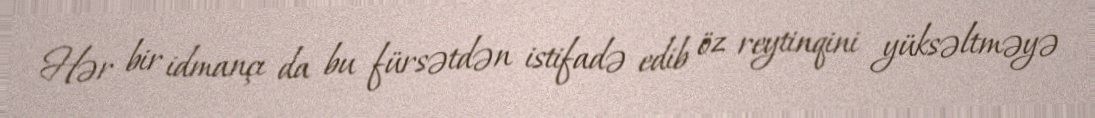
Hər bir idmançı da bu fürsətdən istifadə edib öz reytinqini yüksəltməyə